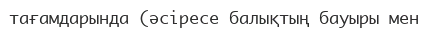
тағамдарында (әсіресе балықтың бауыры мен